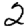
Digit: 2